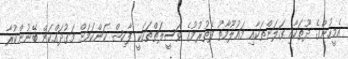
އެމީހުންގެ ދޫތަކާއި ގަލަންތަކާއި މައުލޫމާތު ފެތުރުމުގެ ވަސީލަތްތަކަކީ ފާހިޝް ކަންކަމަށް މަގުދައްކަން ބޭނުންކުރާ